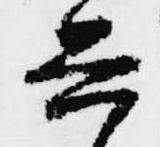
興